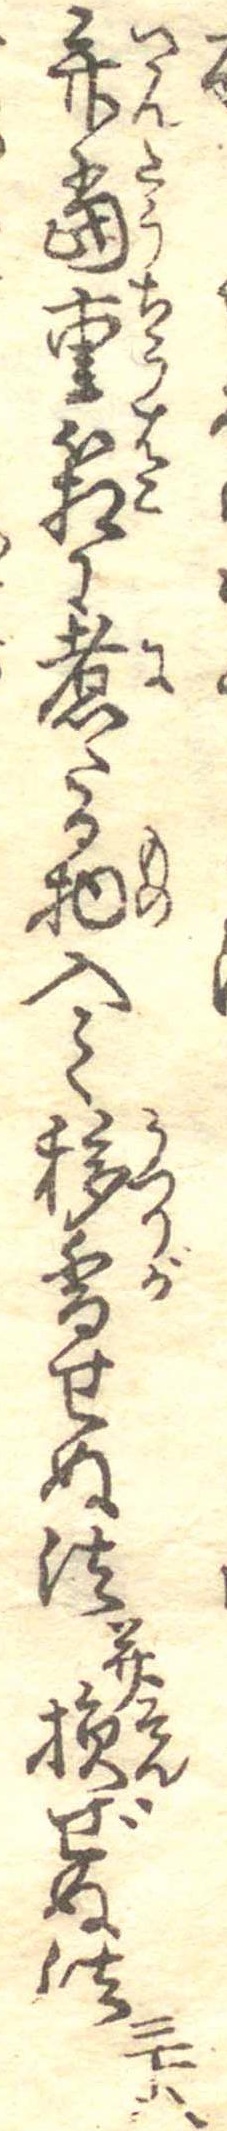
弁当重箱に煮たる物入て移香せぬ法并損ぜぬ法三十八